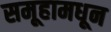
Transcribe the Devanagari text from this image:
समूहामधून